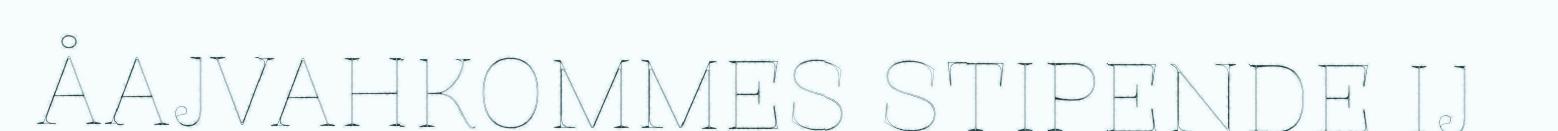
ÅAJVAHKOMMES STIPENDE IJ